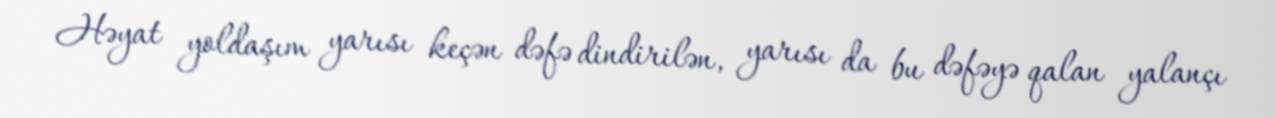
Həyat yoldaşım yarısı keçən dəfə dindirilən, yarısı da bu dəfəyə qalan yalançı